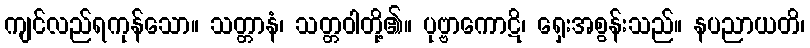
ကျင်လည်ရကုန်သော။ သတ္တာနံ၊ သတ္တဝါတို့၏။ ပုဗ္ဗာကောဋိ၊ ရှေးအစွန်းသည်။ နပညာယတိ၊